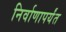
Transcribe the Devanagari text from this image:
निर्वाणापर्यंत